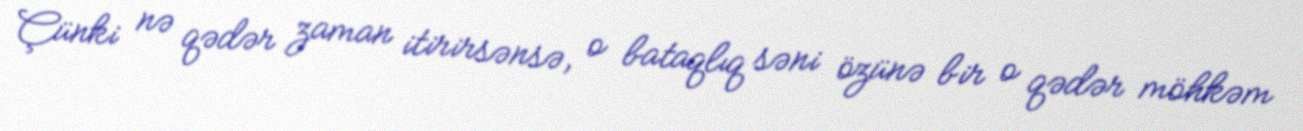
Çünki nə qədər zaman itirirsənsə, o bataqlıq səni özünə bir o qədər möhkəm